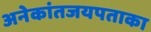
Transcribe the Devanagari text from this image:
अनेकांतजयपताका